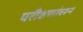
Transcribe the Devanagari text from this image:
परीक्षणांवरून